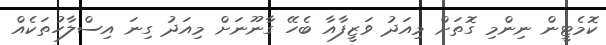
ކޮމެޓީން ނިންމި ގޮތަށް މިއަދު ވަޒީފާއާ ބެހޭ ގާނޫނަށް މިއަދު ގިނަ އިސްލާހުތަކެއް